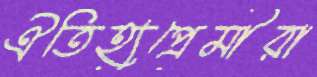
ঐতিহ্যপ্রেমীরা